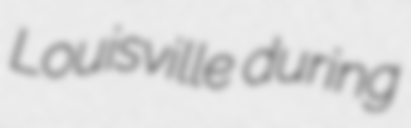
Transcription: Louisville during